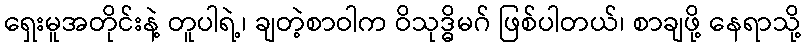
ရှေးမူအတိုင်းနဲ့ တူပါရဲ့၊ ချတဲ့စာဝါက ဝိသုဒ္ဓိမဂ် ဖြစ်ပါတယ်၊ စာချဖို့ နေရာသို့